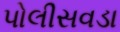
પોલીસવડા